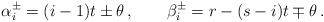
LaTeX: \begin{align*}\alpha^\pm_i=(i-1)t \pm \theta\,,\qquad \beta^\pm_i=r - (s-i)t \mp \theta\,.\end{align*}